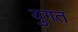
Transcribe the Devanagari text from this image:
युगत